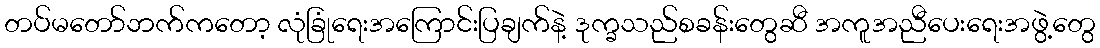
တပ်မတော်ဘက်ကတော့ လုံခြုံရေးအကြောင်းပြချက်နဲ့ ဒုက္ခသည်စခန်းတွေဆီ အကူအညီပေးရေးအဖွဲ့တွေ